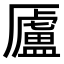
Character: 𠫂